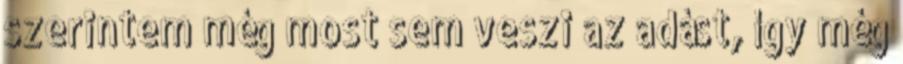
szerintem még most sem veszi az adást, így még